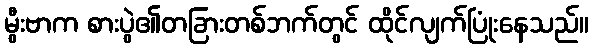
မွီးဗာက စားပွဲ၏တခြားတစ်ဘက်တွင် ထိုင်လျက်ပြုံးနေသည်။